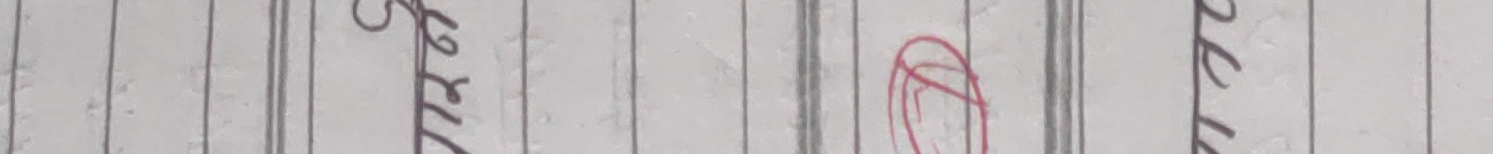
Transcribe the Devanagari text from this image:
जिरह